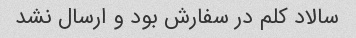
سالاد کلم در سفارش بود و ارسال نشد